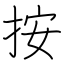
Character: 按